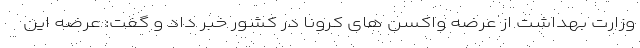
وزارت بهداشت از عرضه واکسن های کرونا در کشور خبر داد و گفت: عرضه این